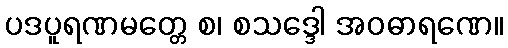
ပဒပူရဏမတ္တေ စ၊ စသဒ္ဒေါ အဝဓာရဏေ။